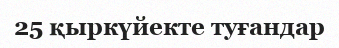
25 қыркүйекте туғандар